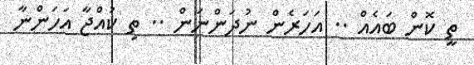
ތީ ކޮން ބައެއް .. އަހަރެން ނުދަންނަން .. ތި ކުއްޖާ އަހަންނާ